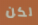
لكن